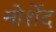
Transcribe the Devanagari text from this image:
मोर्शेद